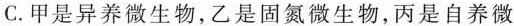
C.甲是异养微生物，乙是固氮微生物，丙是自养微